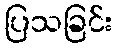
ပြသခြင်း